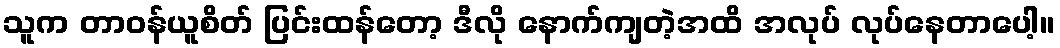
သူက တာဝန်ယူစိတ် ပြင်းထန်တော့ ဒီလို နောက်ကျတဲ့အထိ အလုပ် လုပ်နေတာပေါ့။